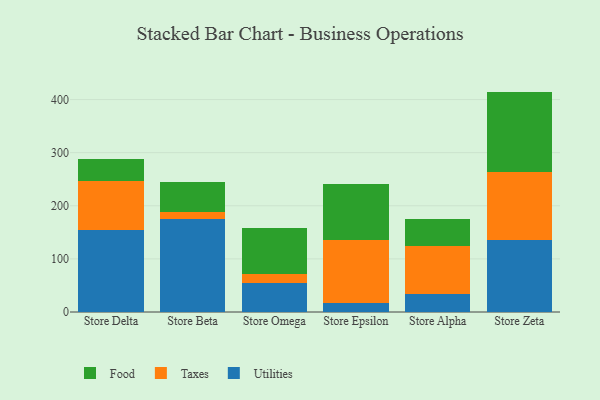
{"axis": {"x": "Store", "y": "Backlog"}, "legend": ["Food", "Taxes", "Utilities"], "data": [{"x": "Store Delta", "y": 154.1, "type": "Utilities"}, {"x": "Store Delta", "y": 92.6, "type": "Taxes"}, {"x": "Store Delta", "y": 41.1, "type": "Food"}, {"x": "Store Beta", "y": 175.3, "type": "Utilities"}, {"x": "Store Beta", "y": 13.1, "type": "Taxes"}, {"x": "Store Beta", "y": 56.1, "type": "Food"}, {"x": "Store Omega", "y": 54.0, "type": "Utilities"}, {"x": "Store Omega", "y": 17.6, "type": "Taxes"}, {"x": "Store Omega", "y": 85.9, "type": "Food"}, {"x": "Store Epsilon", "y": 17.6, "type": "Utilities"}, {"x": "Store Epsilon", "y": 117.3, "type": "Taxes"}, {"x": "Store Epsilon", "y": 106.5, "type": "Food"}, {"x": "Store Alpha", "y": 33.8, "type": "Utilities"}, {"x": "Store Alpha", "y": 89.9, "type": "Taxes"}, {"x": "Store Alpha", "y": 51.0, "type": "Food"}, {"x": "Store Zeta", "y": 134.7, "type": "Utilities"}, {"x": "Store Zeta", "y": 129.0, "type": "Taxes"}, {"x": "Store Zeta", "y": 151.3, "type": "Food"}]}